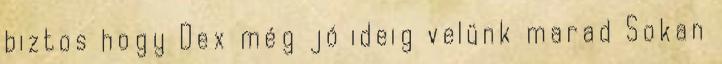
biztos hogy Dex még jó ideig velünk marad Sokan